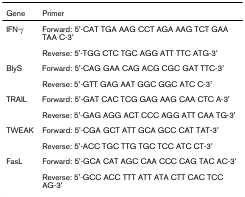
<table><thead><tr><td><b>Gene</b></td><td><b>Primer</b></td></tr></thead><tbody><tr><td>IFN-γ</td><td>Forward: 5&#x27;-CAT TGA AAG CCT AGA AAG TCT GAA TAA C-3&#x27;</td></tr><tr><td></td><td>Reverse: 5&#x27;-TGG CTC TGC AGG ATT TTC ATG-3&#x27;</td></tr><tr><td>BlyS</td><td>Forward: 5&#x27;-CAG GAA CAG ACG CGC GAT TTC-3&#x27;</td></tr><tr><td></td><td>Reverse: 5&#x27;-GTT GAG AAT GGC GGC ATC C-3&#x27;</td></tr><tr><td>TRAIL</td><td>Forward: 5&#x27;-GAT CAC TCG GAG AAG CAA CTC A-3&#x27;</td></tr><tr><td></td><td>Reverse: 5&#x27;-GAG AGG ACT CCC AGG ATT CAA TG-3&#x27;</td></tr><tr><td>TWEAK</td><td>Forward: 5&#x27;-CGA GCT ATT GCA GCC CAT TAT-3&#x27;</td></tr><tr><td></td><td>Reverse: 5&#x27;-ACC TGC TTG TGC TCC ATC CT-3&#x27;</td></tr><tr><td>FasL</td><td>Forward: 5&#x27;-GCA CAT AGC CAA CCC CAG TAC AC-3&#x27;</td></tr><tr><td></td><td>Reverse: 5&#x27;-GCC ACC TTT ATT ATA CTT CAC TCC AG-3&#x27;</td></tr></tbody></table>